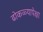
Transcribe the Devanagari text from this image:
ढोकळ्यापेक्षा